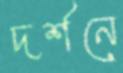
দর্শনে